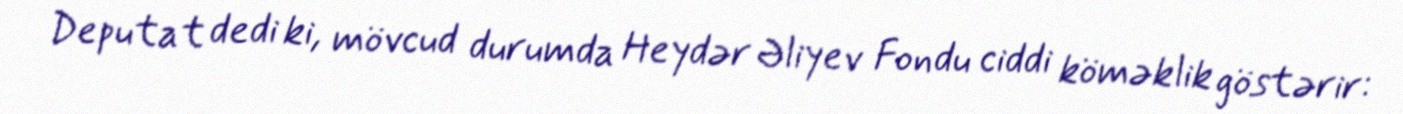
Deputat dedi ki, mövcud durumda Heydər Əliyev Fondu ciddi köməklik göstərir: